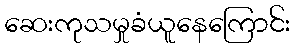
ဆေးကုသမှုခံယူနေကြောင်း